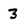
Character: 3